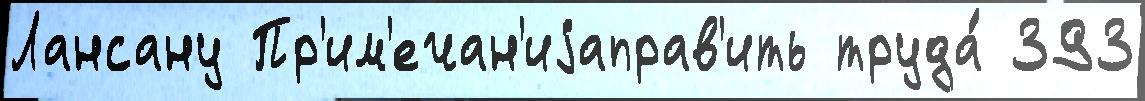
Лансану Пр'им'ечан'иjаправ'ить труда́ 393